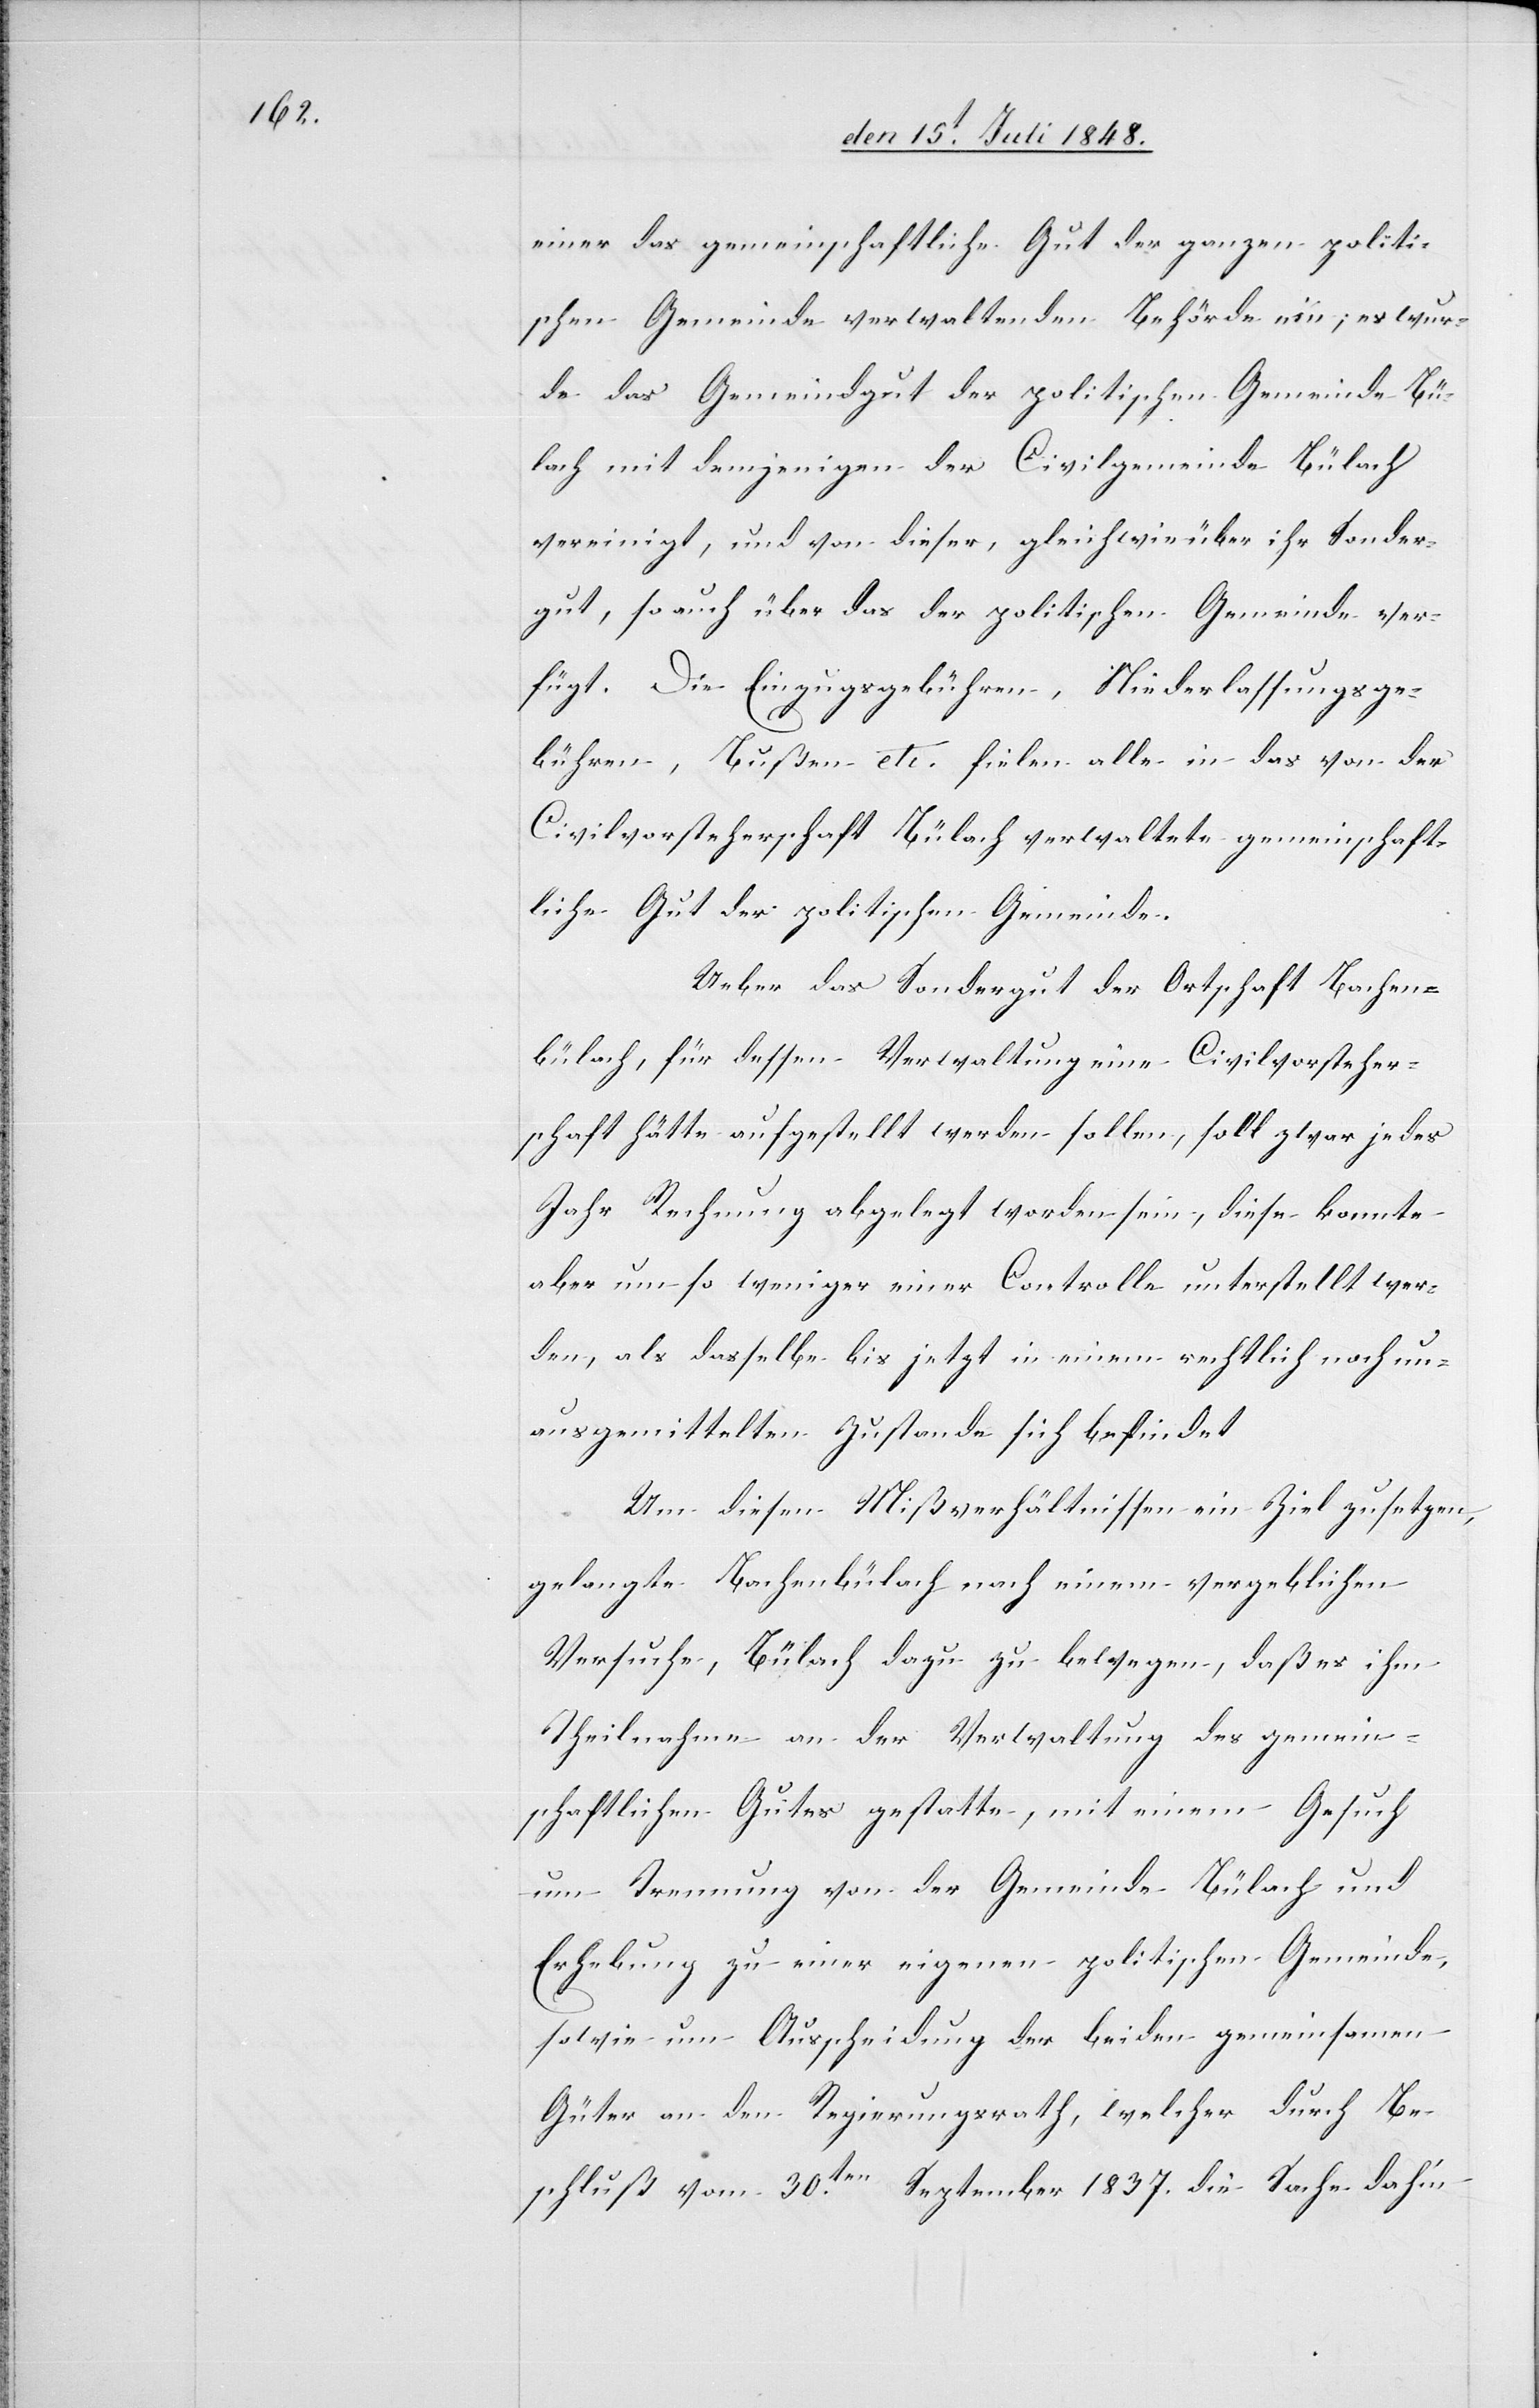
einer das gemeinschaftliche Gut der ganzen politi¬
schen Gemeinde verwaltenden Behörde ein; es wur¬
de das Gemeindgut der politischen Gemeinde Bü¬
lach mit demjenigen der Civilgemeinde Bülach
vereinigt, und von dieser, gleichwie über ihr Sonder¬
gut, so auch über das der politischen Gemeinde ver¬
fügt. Die Einzugsgebühren, Niederlassungsge¬
bühren, Bußen etc. fielen alle in das von der
Civilvorsteherschaft Bülach verwaltete gemeinschaft¬
liche Gut der politischen Gemeinde.
Ueber das Sondergut der Ortschaft Bachen¬
bülach, für dessen Verwaltung eine Civilvorsteher¬
schaft hätte aufgestellt werden sollen, soll zwar jedes
Jahr Rechnung abgelegt worden sein, diese konnte
aber um so weniger einer Controlle unterstellt wer¬
den, als dasselbe bis jetzt in einem rechtlich noch un¬
ausgemittelten Zustande sich befindet.
Um diesen Mißverhältnissen ein Ziel zu setzen,
gelangte Bachenbülach nach einem vergeblichen
Versuche, Bülach dazu zu bewegen, daß es ihm
Theilnahme an der Verwaltung des gemein¬
schaftlichen Gutes gestatte, mit einem Gesuch
um Trennung von der Gemeinde Bülach und
Erhebung zu einer eigenen politischen Gemeinde,
sowie um Ausscheidung der beiden gemeinsamen
Güter an den Regierungsrath, welcher durch Be¬
schluß vom 30ten September 1837. die Sache dahin